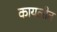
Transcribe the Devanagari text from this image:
कायलीत